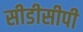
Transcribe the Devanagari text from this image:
सीडीसीपी